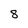
Character: 8